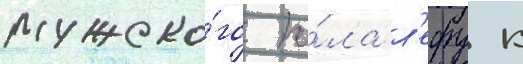
мужско́го по́ла л'ефу к